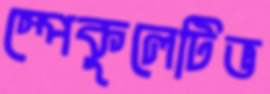
স্পেকুলেটিভ